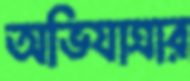
অভিযাত্রার